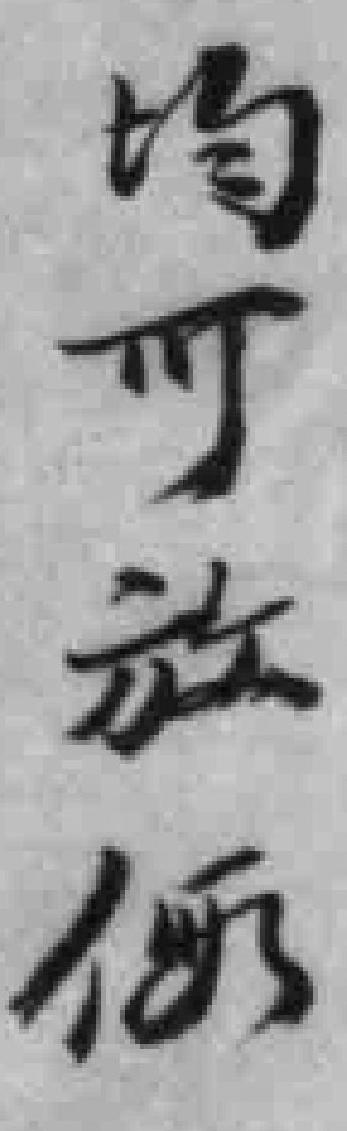
均可放假